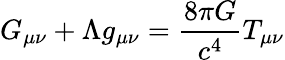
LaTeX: G_{\mu\nu}+\Lambda g_{\mu\nu}={\frac{8\pi G}{c^{4}}}T_{\mu\nu}